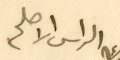
الراس الاصلح